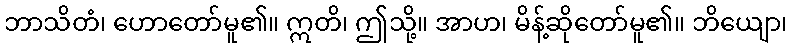
ဘာသိတံ၊ ဟောတော်မူ၏။ ဣတိ၊ ဤသို့။ အာဟ၊ မိန့်ဆိုတော်မူ၏။ ဘိယျော၊